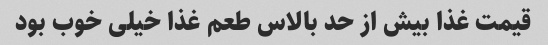
قیمت غذا بیش از حد بالاس طعم غذا خیلی خوب بود